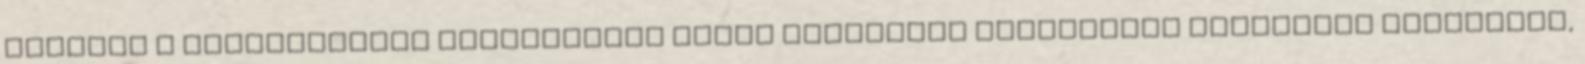
részben a pénzmozgások jogcímeinek minél pontosabb bemutatása érdekében módosítja,